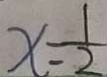
x = \frac { 1 } { 2 }